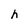
Character: h